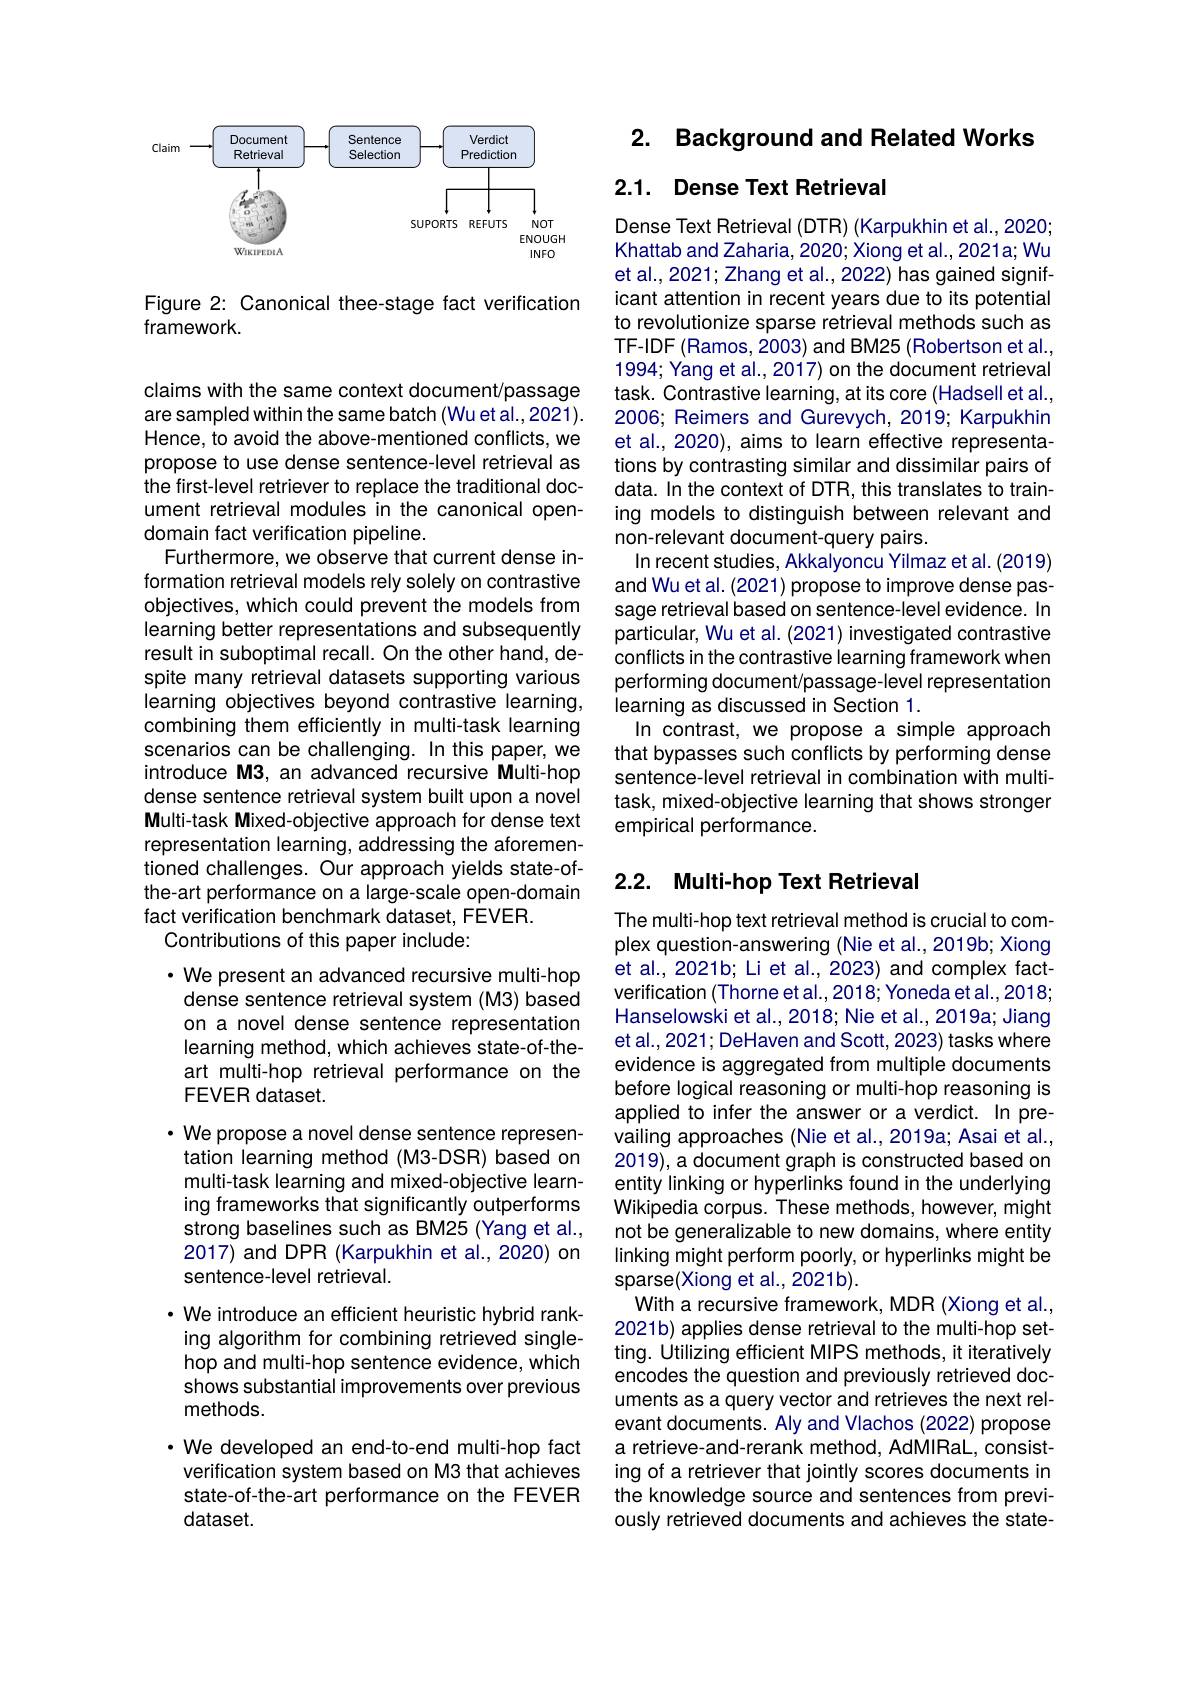
<FigureHere>

Figure 2: Canonical thee-stage fact verification
framework.

claims with the same context document/passage are sampled within the same batch (Wu et al., 2021). Hence, to avoid the above-mentioned conflicts, we propose to use dense sentence-level retrieval as the first-level retriever to replace the traditional document retrieval modules in the canonical opendomain fact verification pipeline.
Furthermore, we observe that current dense information retrieval models rely solely on contrastive objectives, which could prevent the models from learning better representations and subsequently result in suboptimal recall. On the other hand, despite many retrieval datasets supporting various learning objectives beyond contrastive learning, combining them efficiently in multi-task learning scenarios can be challenging. In this paper, we introduce M3, an advanced recursive Multi-hop dense sentence retrieval system built upon a novel Multi-task Mixed-objective approach for dense text representation learning, addressing the aforementioned challenges. Our approach yields state-ofthe-art performance on a large-scale open-domain fact verification benchmark dataset, FEVER.
Contributions of this paper include:

$\cdot$ We present an advanced recursive multi-hop dense sentence retrieval system (M3) based on a novel dense sentence representation learning method, which achieves state-of-theart multi-hop retrieval performance on the FEVER dataset.
$\cdot$ We propose a novel dense sentence represen-
tation learning method (M3-DSR) based on multi-task learning and mixed-objective learning frameworks that significantly outperforms strong baselines such as BM25 (Yang et al., 2017) and DPR (Karpukhin et al., 2020) on sentence-level retrieval.
$\cdot$ We introduce an efficient heuristic hybrid ranking algorithm for combining retrieved singlehop and multi-hop sentence evidence, which shows substantial improvements over previous methods.
· We developed an end-to-end multi-hop fact verification system based on M3 that achieves state-of-the-art performance on the FEVER

dataset.

# 2. Background and Related Works

## 2.1. Dense Text Retrieval

Dense Text Retrieval (DTR) (Karpukhin et al., 2020; Khattab and Zaharia, 2020; Xiong et al., 2021 a; Wu et al., 2021; Zhang et al., 2022) has gained significant attention in recent years due to its potential to revolutionize sparse retrieval methods such as TF-IDF (Ramos, 2003) and BM25 (Robertson et al., 1994; Yang et al., 2017) on the document retrieval task. Contrastive learning, at its core (Hadsell et al., 2006; Reimers and Gurevych, 2019; Karpukhin et al., 2020), aims to learn effective representations by contrasting similar and dissimilar pairs of data. In the context of DTR, this translates to training models to distinguish between relevant and non-relevant document-query pairs.
In recent studies, Akkalyoncu Yilmaz et al. (2019) and Wu et al. (2021) propose to improve dense passage retrieval based on sentence-level evidence. In particular, Wu et al. (2021) investigated contrastive conflicts in the contrastive learning framework when performing document/passage-level representation learning as discussed in Section 1.
In contrast, we propose a simple approach that bypasses such conflicts by performing dense sentence-level retrieval in combination with multitask, mixed-objective learning that shows stronger empirical performance.

## 2.2. Multi-hop Text Retrieval

The multi-hop text retrieval method is crucial to complex question-answering (Nie et al.,2019b; Xiong et al., 2021b; Li et al., 2023) and complex factverification (Thorne et al.,2018; Yoneda et al.,2018; Hanselowski et al., 2018; Nie et al., 2019a; Jiang et al., 2021; DeHaven and Scott, 2023) tasks where evidence is aggregated from multiple documents before logical reasoning or multi-hop reasoning is applied to infer the answer or a verdict. In prevailing approaches (Nie et al.,2019a; Asai et al., 2019), a document graph is constructed based on entity linking or hyperlinks found in the underlying Wikipedia corpus. These methods, however, might not be generalizable to new domains, where entity linking might perform poorly, or hyperlinks might be sparse(Xiong et al., 2021b).
With a recursive framework, MDR (Xiong et al., 2021b) applies dense retrieval to the multi-hop setting. Utilizing efficient MIPS methods, it iteratively encodes the question and previously retrieved documents as a query vector and retrieves the next relevant documents. Aly and Vlachos (2022) propose a retrieve-and-rerank method, AdMIRaL, consisting of a retriever that jointly scores documents in the knowledge source and sentences from previously retrieved documents and achieves the state-